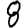
Digit: 8